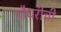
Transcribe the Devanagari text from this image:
चौधरींची